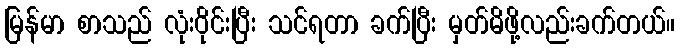
မြန်မာ စာသည် လုံးဝိုင်းပြီး သင်ရတာ ခက်ပြီး မှတ်မိဖို့လည်းခက်တယ်။